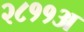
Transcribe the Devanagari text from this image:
२८११अ